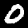
Digit: 0